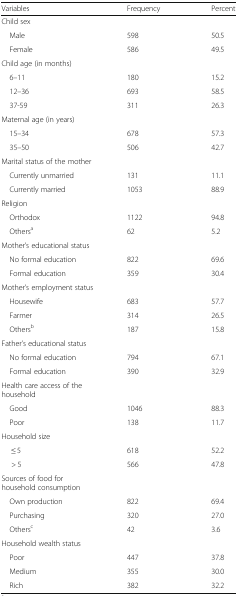
<table><thead><tr><td><b>Variables</b></td><td><b>Frequency</b></td><td><b>Percent</b></td></tr></thead><tbody><tr><td colspan="3">Child sex</td></tr><tr><td> Male</td><td>598</td><td>50.5</td></tr><tr><td> Female</td><td>586</td><td>49.5</td></tr><tr><td colspan="3">Child age (in months)</td></tr><tr><td> 6–11</td><td>180</td><td>15.2</td></tr><tr><td> 12–36</td><td>693</td><td>58.5</td></tr><tr><td> 37-59</td><td>311</td><td>26.3</td></tr><tr><td colspan="3">Maternal age (in years)</td></tr><tr><td> 15–34</td><td>678</td><td>57.3</td></tr><tr><td> 35–50</td><td>506</td><td>42.7</td></tr><tr><td colspan="3">Marital status of the mother</td></tr><tr><td> Currently unmarried</td><td>131</td><td>11.1</td></tr><tr><td> Currently married</td><td>1053</td><td>88.9</td></tr><tr><td colspan="3">Religion</td></tr><tr><td> Orthodox</td><td>1122</td><td>94.8</td></tr><tr><td> Others<sup>a</sup></td><td>62</td><td>5.2</td></tr><tr><td colspan="3">Mother’s educational status</td></tr><tr><td> No formal education</td><td>822</td><td>69.6</td></tr><tr><td> Formal education</td><td>359</td><td>30.4</td></tr><tr><td colspan="3">Mother’s employment status</td></tr><tr><td> Housewife</td><td>683</td><td>57.7</td></tr><tr><td> Farmer</td><td>314</td><td>26.5</td></tr><tr><td> Others<sup>b</sup></td><td>187</td><td>15.8</td></tr><tr><td colspan="3">Father’s educational status</td></tr><tr><td> No formal education</td><td>794</td><td>67.1</td></tr><tr><td> Formal education</td><td>390</td><td>32.9</td></tr><tr><td colspan="3">Health care access of the household</td></tr><tr><td> Good</td><td>1046</td><td>88.3</td></tr><tr><td> Poor</td><td>138</td><td>11.7</td></tr><tr><td colspan="3">Household size</td></tr><tr><td>≤ 5</td><td>618</td><td>52.2</td></tr><tr><td>&gt; 5</td><td>566</td><td>47.8</td></tr><tr><td colspan="3">Sources of food for household consumption</td></tr><tr><td> Own production</td><td>822</td><td>69.4</td></tr><tr><td> Purchasing</td><td>320</td><td>27.0</td></tr><tr><td> Others<sup>c</sup></td><td>42</td><td>3.6</td></tr><tr><td colspan="3">Household wealth status</td></tr><tr><td> Poor</td><td>447</td><td>37.8</td></tr><tr><td> Medium</td><td>355</td><td>30.0</td></tr><tr><td> Rich</td><td>382</td><td>32.2</td></tr></tbody></table>